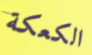
الكعكة